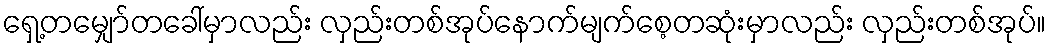
ရှေ့တမျှော်တခေါ်မှာလည်း လှည်းတစ်အုပ်နောက်မျက်စေ့တဆုံးမှာလည်း လှည်းတစ်အုပ်။